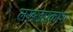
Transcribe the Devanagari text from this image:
लख्खप्रकाश